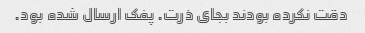
دقت نکرده بودند بجای ذرت. پفک ارسال شده بود.